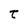
Character: t